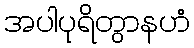
အပါပုရိတွာနဟံ